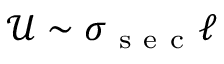
\mathcal { U } \sim \sigma _ { \mathrm { ~ s ~ e ~ c ~ } } \ell